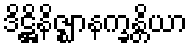
ဒိဋ္ဌိနိဇ္ဈာနက္ခန္တိယာ